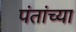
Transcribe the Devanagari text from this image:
पंतांच्या